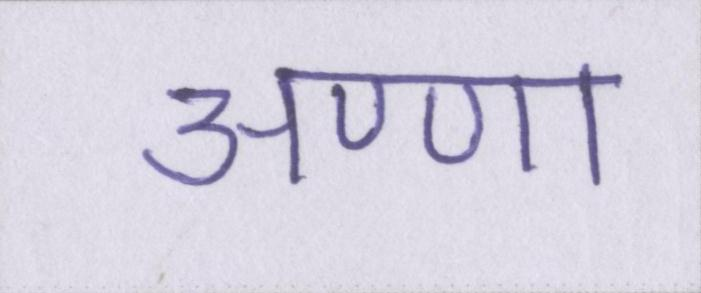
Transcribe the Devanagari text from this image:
अण्णा